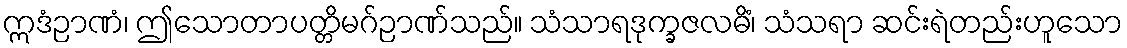
ဣဒံဉာဏံ၊ ဤသောတာပတ္တိမဂ်ဉာဏ်သည်။ သံသာရဒုက္ခဇလဓိံ၊ သံသရာ ဆင်းရဲတည်းဟူသော